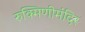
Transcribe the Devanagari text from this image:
रुक्मिणीमंदिर